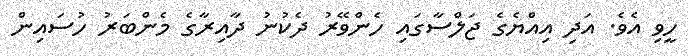
ހީވި އެވެ. އަދި އިއްޔެގެ ޖަލްސާގައި ހެންވޭރު ދެކުނު ދާއިރާގެ މެންބަރު ހުސައިން